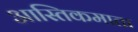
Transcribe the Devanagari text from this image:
आस्तिकमाता